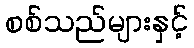
စစ်သည်များနှင့်